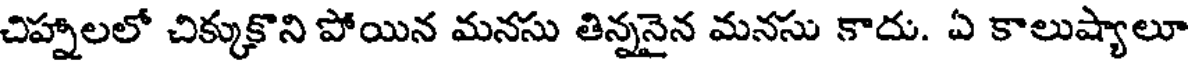
చిహ్నాలలో చిక్కుకొని పోయిన మనసు తిన్ననైన మనసు కాదు. ఏ కాలుష్యాలూ